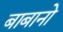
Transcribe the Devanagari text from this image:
बाबानो